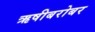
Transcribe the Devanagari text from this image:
ऋषीबरोबर